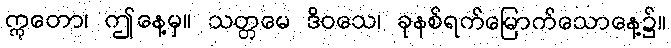
ဣတော၊ ဤနေ့မှ။ သတ္တမေ ဒိဝသေ၊ ခုနစ်ရက်မြောက်သောနေ့၌။